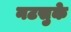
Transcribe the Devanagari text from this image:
नटसुके